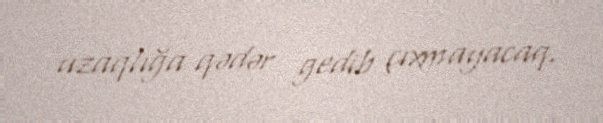
uzaqlığa qədər gedib çıxmayacaq.